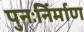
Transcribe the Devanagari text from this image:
पुनःर्निर्माण